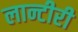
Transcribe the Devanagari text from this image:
लान्टीरी